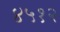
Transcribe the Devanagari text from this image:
४५१२